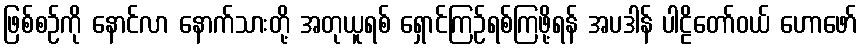
ဖြစ်စဉ်ကို နောင်လာ နောက်သားတို့ အတုယူရစ် ရှောင်ကြဉ်ရစ်ကြဖို့ရန် အပဒါန် ပါဠိတော်ဝယ် ဟောဖော်